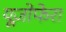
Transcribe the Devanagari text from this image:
यूज़ोफेरा